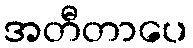
အတီတာပေ